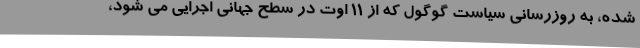
شده، به روزرسانی سیاست گوگول که از 11 اوت در سطح جهانی اجرایی می شود،